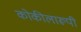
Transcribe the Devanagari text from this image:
कोकीलारूपी